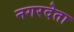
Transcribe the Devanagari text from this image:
नगरदेता